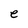
Character: e